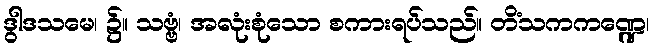
ဒွါဒသမေ၊ ၌။ သဗ္ဗံ၊ အလုံးစုံသော စကားရပ်သည်။ တိံသကကဏ္ဍေ၊